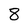
Character: 8